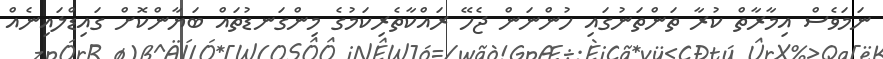
ނަމަވެސް އިމާރާތް ކުރާ ތަންތަނުގައި ހުންނަން ޖެހޭ ރައްކާތެރިކަމުގެ މިންގަނޑުތައް ބަޔާންކޮށް ގައިޑްލައިނެއް